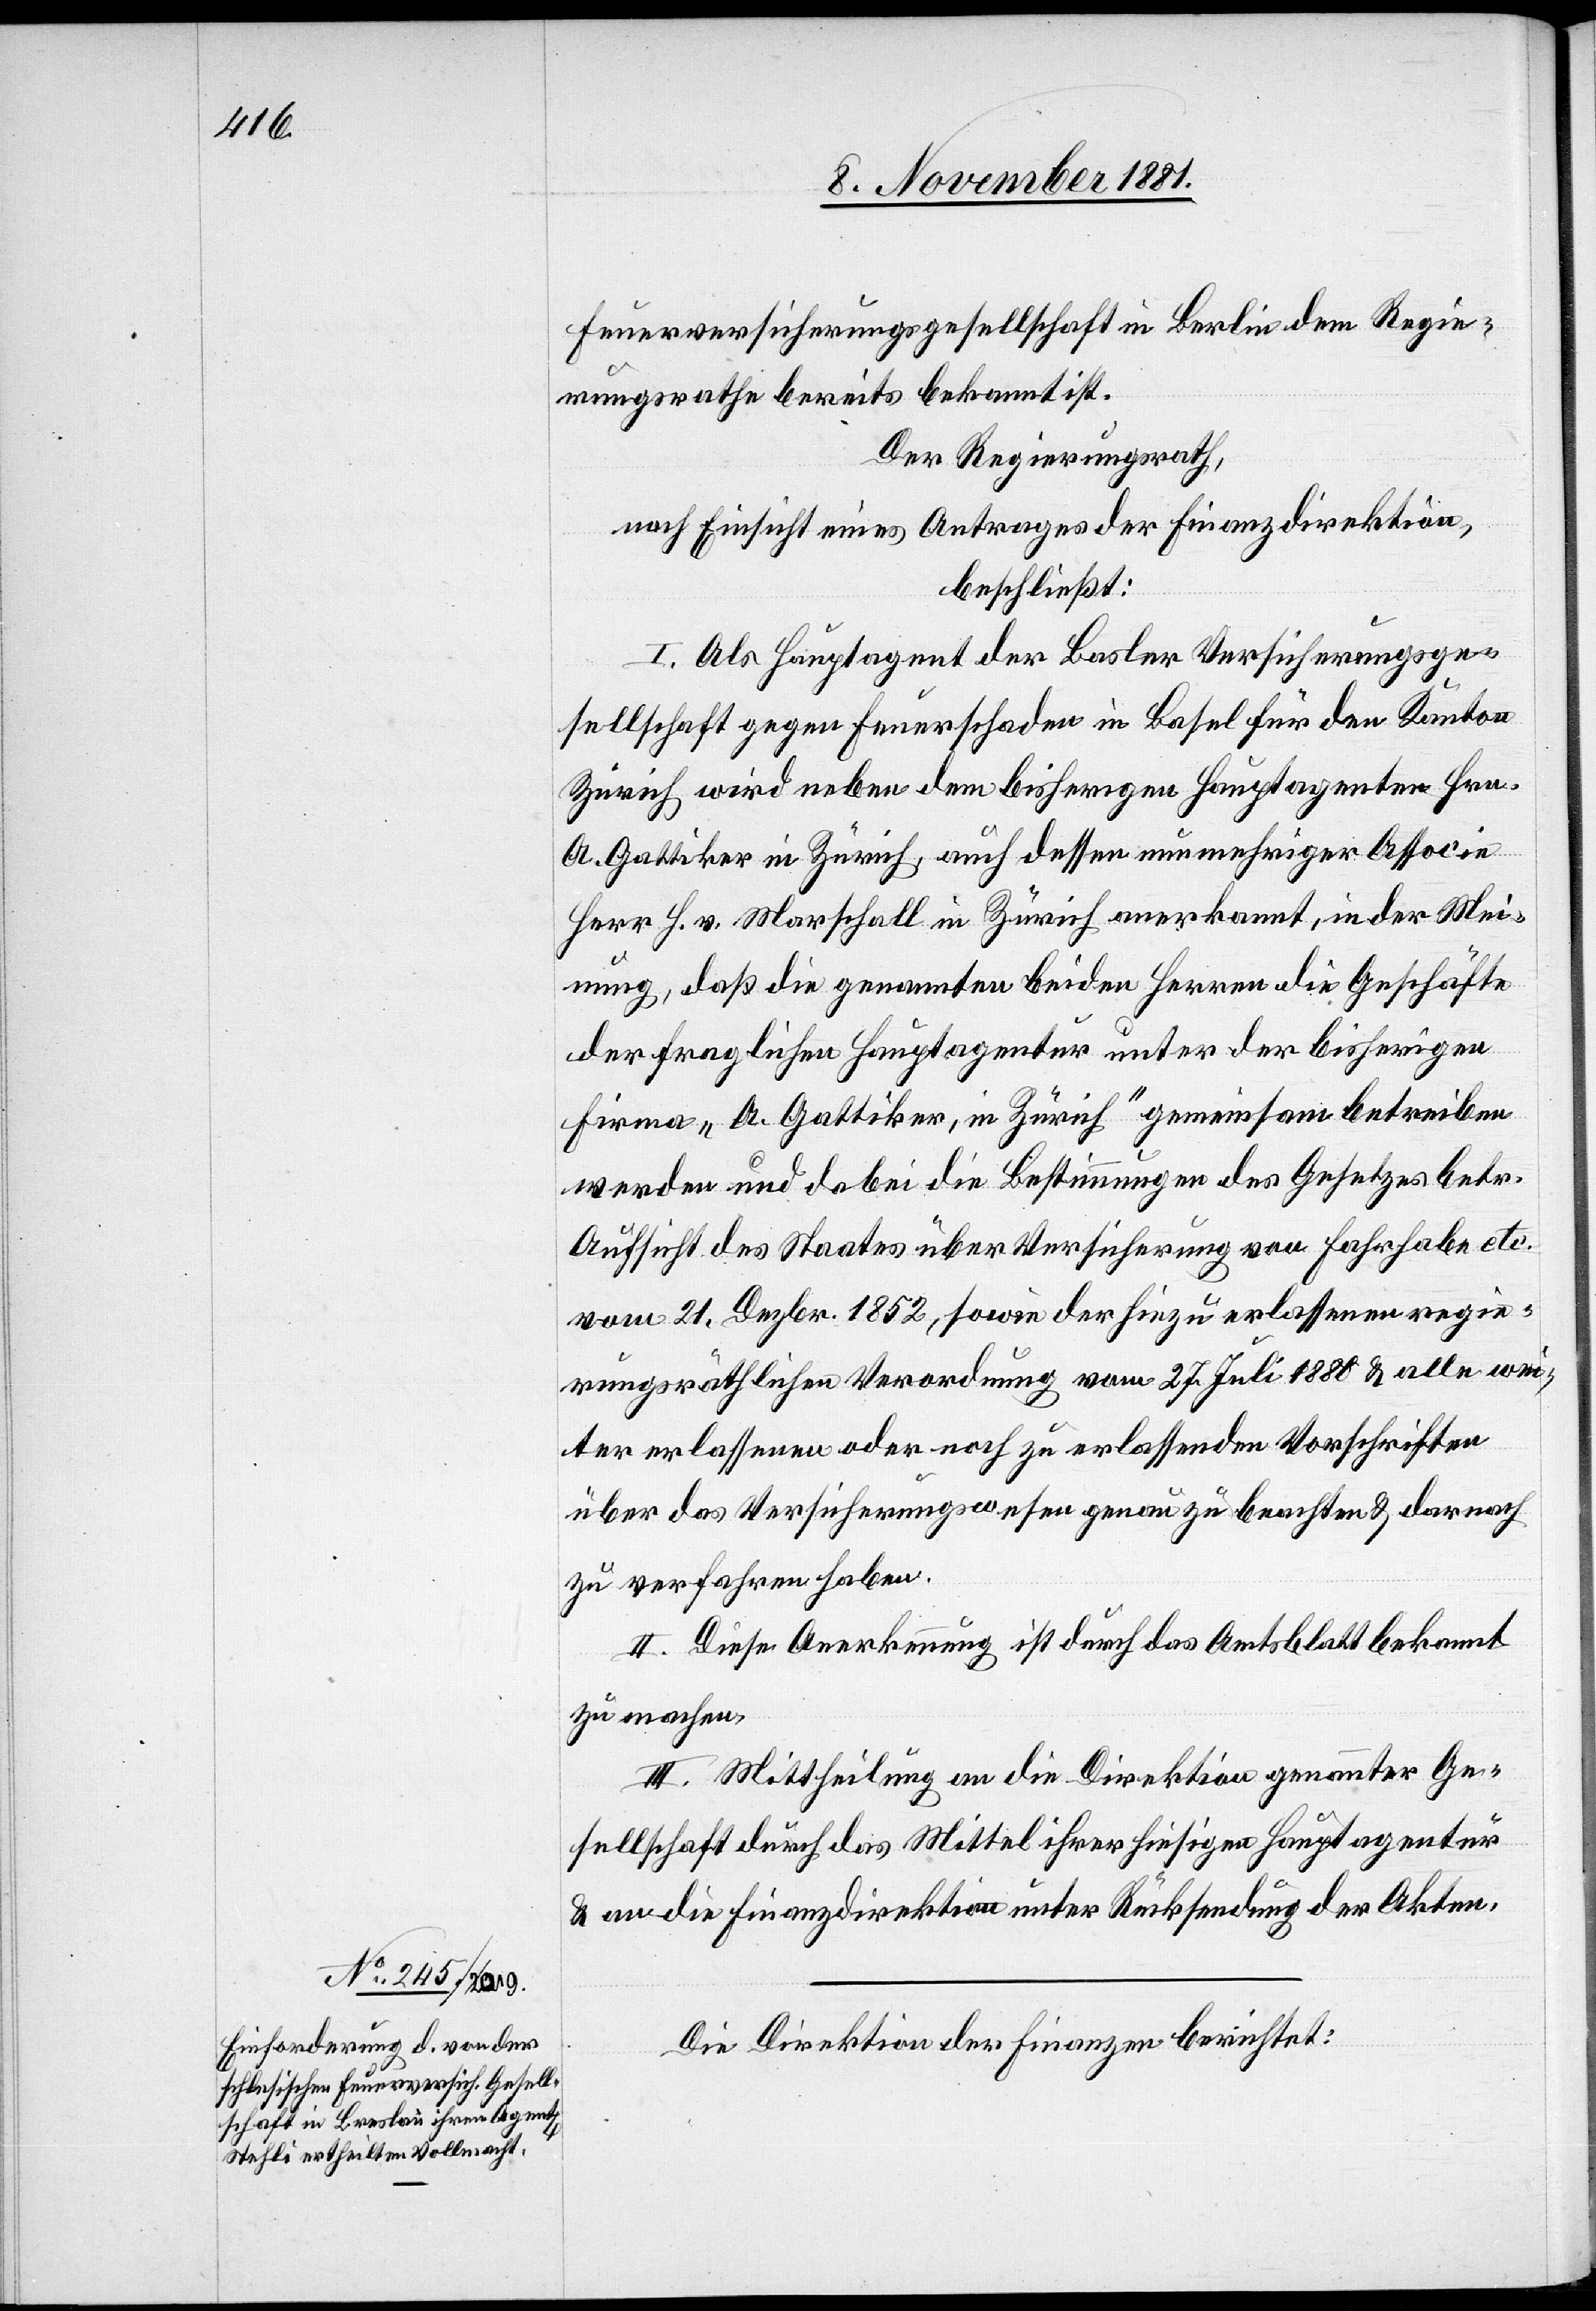
Feuerversicherungsgesellschaft in Berlin dem Regie¬
rungsrathe bereits bekannt ist.
Der Regierungsrath,
nach Einsicht eines Antrages der Finanzdirektion,
beschließt:
I. Als Hauptagent der Basler Versicherungsge¬
sellschaft gegen Feuerschaden in Basel für den Kanton
Zürich wird neben dem bisherigen Hauptagenten Hrn.
A. Gattiker in Zürich, auch dessen nunmehriger Associe
Herr H. v. Marschall in Zürich anerkannt, in der Mei¬
nung, daß die genannten beiden Herren die Geschäfte
der fraglichen Hauptagentur unter der bisherigen
Firma „A. Gattiker, in Zürich“ gemeinsam betreiben
werden und dabei die Bestimmungen des Gesetzes betr.
Aufsicht des Staates über Versicherung von Fahrhabe etc.
vom 21. Dezbr. 1852, sowie der hiezu erlassenen regie¬
rungsräthlichen Verordnung vom 27. Juli 1880 & alle wei¬
ter erlassenen oder noch zu erlassenden Vorschriften
über das Versicherungswesen genau zu beachten & darnach
zu verfahren haben.
II. Diese Anerkennung ist durch das Amtsblatt bekannt
zu machen.
III. Mittheilung an die Direktion genannter Ge¬
sellschaft durch das Mittel ihrer hiesigen Hauptagentur
& an die Finanzdirektion unter Rücksendung der Akten.
Die Direktion der Finanzen berichtet: